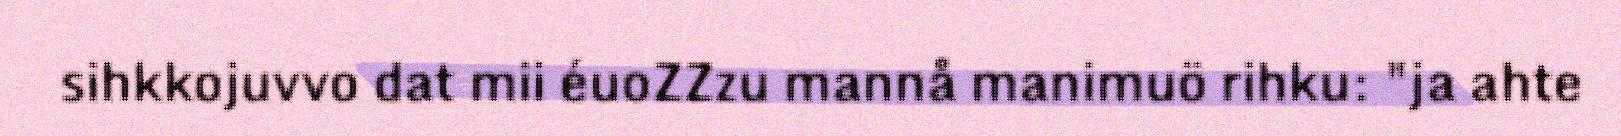
sihkkojuvvo dat mii éuoZZzu mannå manimuö rihku: "ja ahte